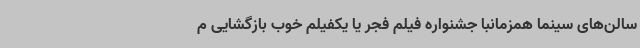
سالن‌های سینما همزمانبا جشنواره فیلم فجر یا یکفیلم خوب بازگشایی م